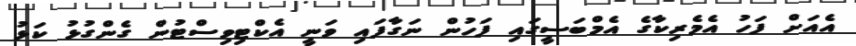
އެއަށް ފަހު އެމެރިކާގެ އެމްބަސީގައި ފަހުން ނަގާފައި ވަނީ އެކްޓިވިސްޓުން ގެންގުޅު ކަޅު